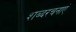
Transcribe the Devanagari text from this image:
शब्दरचनाएं